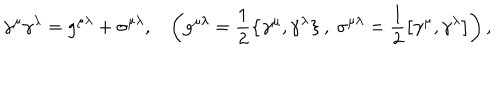
\gamma ^ { \mu } \gamma ^ { \lambda } = g ^ { \mu \lambda } + \sigma ^ { \mu \lambda } , \ \ \ \left( g ^ { \mu \lambda } = \frac { 1 } { 2 } \left\{ \gamma ^ { \mu } , \gamma ^ { \lambda } \right\} , \ \sigma ^ { \mu \lambda } = \frac { 1 } { 2 } \left[ \gamma ^ { \mu } , \gamma ^ { \lambda } \right] \right) ,